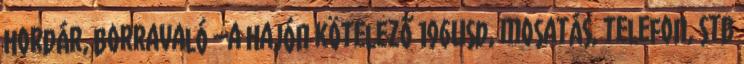
hordár, borravaló –a hajón kötelező 196Usd, mosatás, telefon, stb